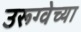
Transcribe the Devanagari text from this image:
उरूग्वेच्या